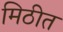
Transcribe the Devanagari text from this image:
मिठीत